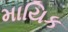
માયિક